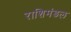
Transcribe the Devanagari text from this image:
राशिमंडल